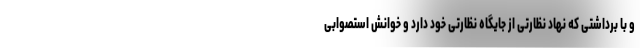
و با برداشتی که نهاد نظارتی از جایگاه نظارتی خود دارد و خوانش استصوابی